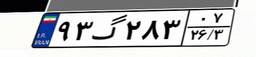
۹۳گ۲۸۳۰۷